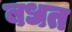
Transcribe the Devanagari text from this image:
बधत